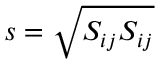
s = \sqrt { S _ { i j } S _ { i j } }